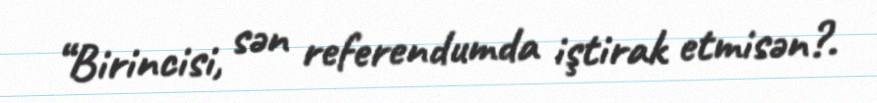
“Birincisi, sən referendumda iştirak etmisən?.